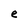
Character: e